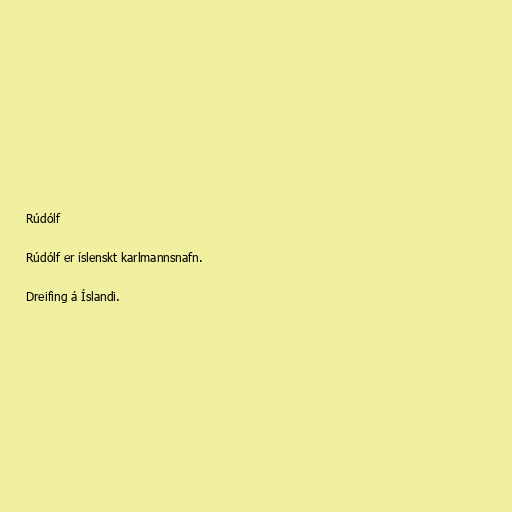
Rúdólf

Rúdólf er íslenskt karlmannsnafn.

Dreifing á Íslandi.